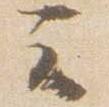
云